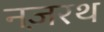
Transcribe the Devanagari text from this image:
नज़रथ